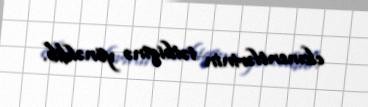
elementlərinin tətbiqinə yönəldib.